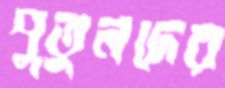
পুতুলদের